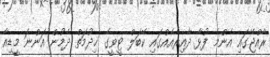
ރާއްޖޭގައި އެންމެ ފުޅާ ދާއިރާއެއްގައި ކޭބަލް ޓީވީގެ ޚިދުމަތް ދެމުން އަންނަ މީޑިއާ